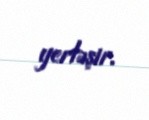
yerləşir.